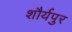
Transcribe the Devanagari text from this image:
शौर्यपुर